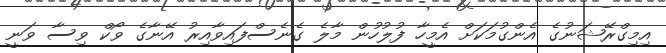
އިމިގްރޭޝަނުގެ އެންގުމަކަށް އެމީހާ ފުލުހުން މާލެ ގެެނެސްފައިވާއިރު އޭނާގެ ވޯކް ވިސާ ވަނީ